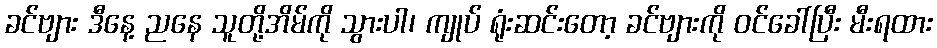
ခင်ဗျား ဒီနေ့ ညနေ သူတို့အိမ်ကို သွားပါ၊ ကျုပ် ရုံးဆင်းတော့ ခင်ဗျားကို ဝင်ခေါ်ပြီး မီးရထား